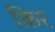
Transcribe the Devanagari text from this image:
क़िर